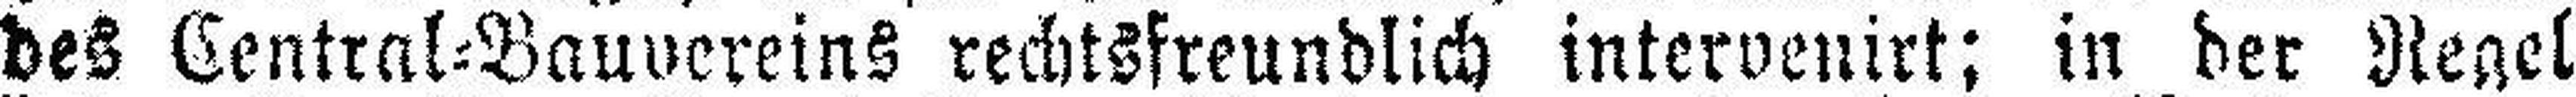
des Central=Bauvereins rechtsfreundlich intervenirt; in der Regel